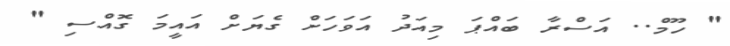
" ހޫމް.. އަސްރާ ބައްޕަ މިއަދު އަވަހަށް ގެޔަށް އައީމަ ގޮއްސި "